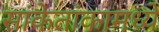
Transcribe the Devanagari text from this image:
सांकेतांकामध्ये